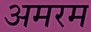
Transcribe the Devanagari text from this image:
अमरम